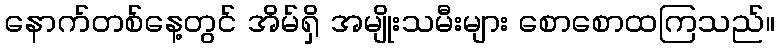
နောက်တစ်နေ့တွင် အိမ်ရှိ အမျိုးသမီးများ စောစောထကြသည်။